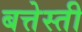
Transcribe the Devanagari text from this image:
बत्तेस्ती